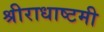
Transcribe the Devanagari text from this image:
श्रीराधाष्टमी